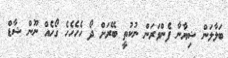
ބަލާލަން ޝިޔާނާ ފެންވަރަން ނުކުތީ ބޭރަށް ދޯ ހެހެހެހެ ގޯހެއް ނޫން ޝާޑް